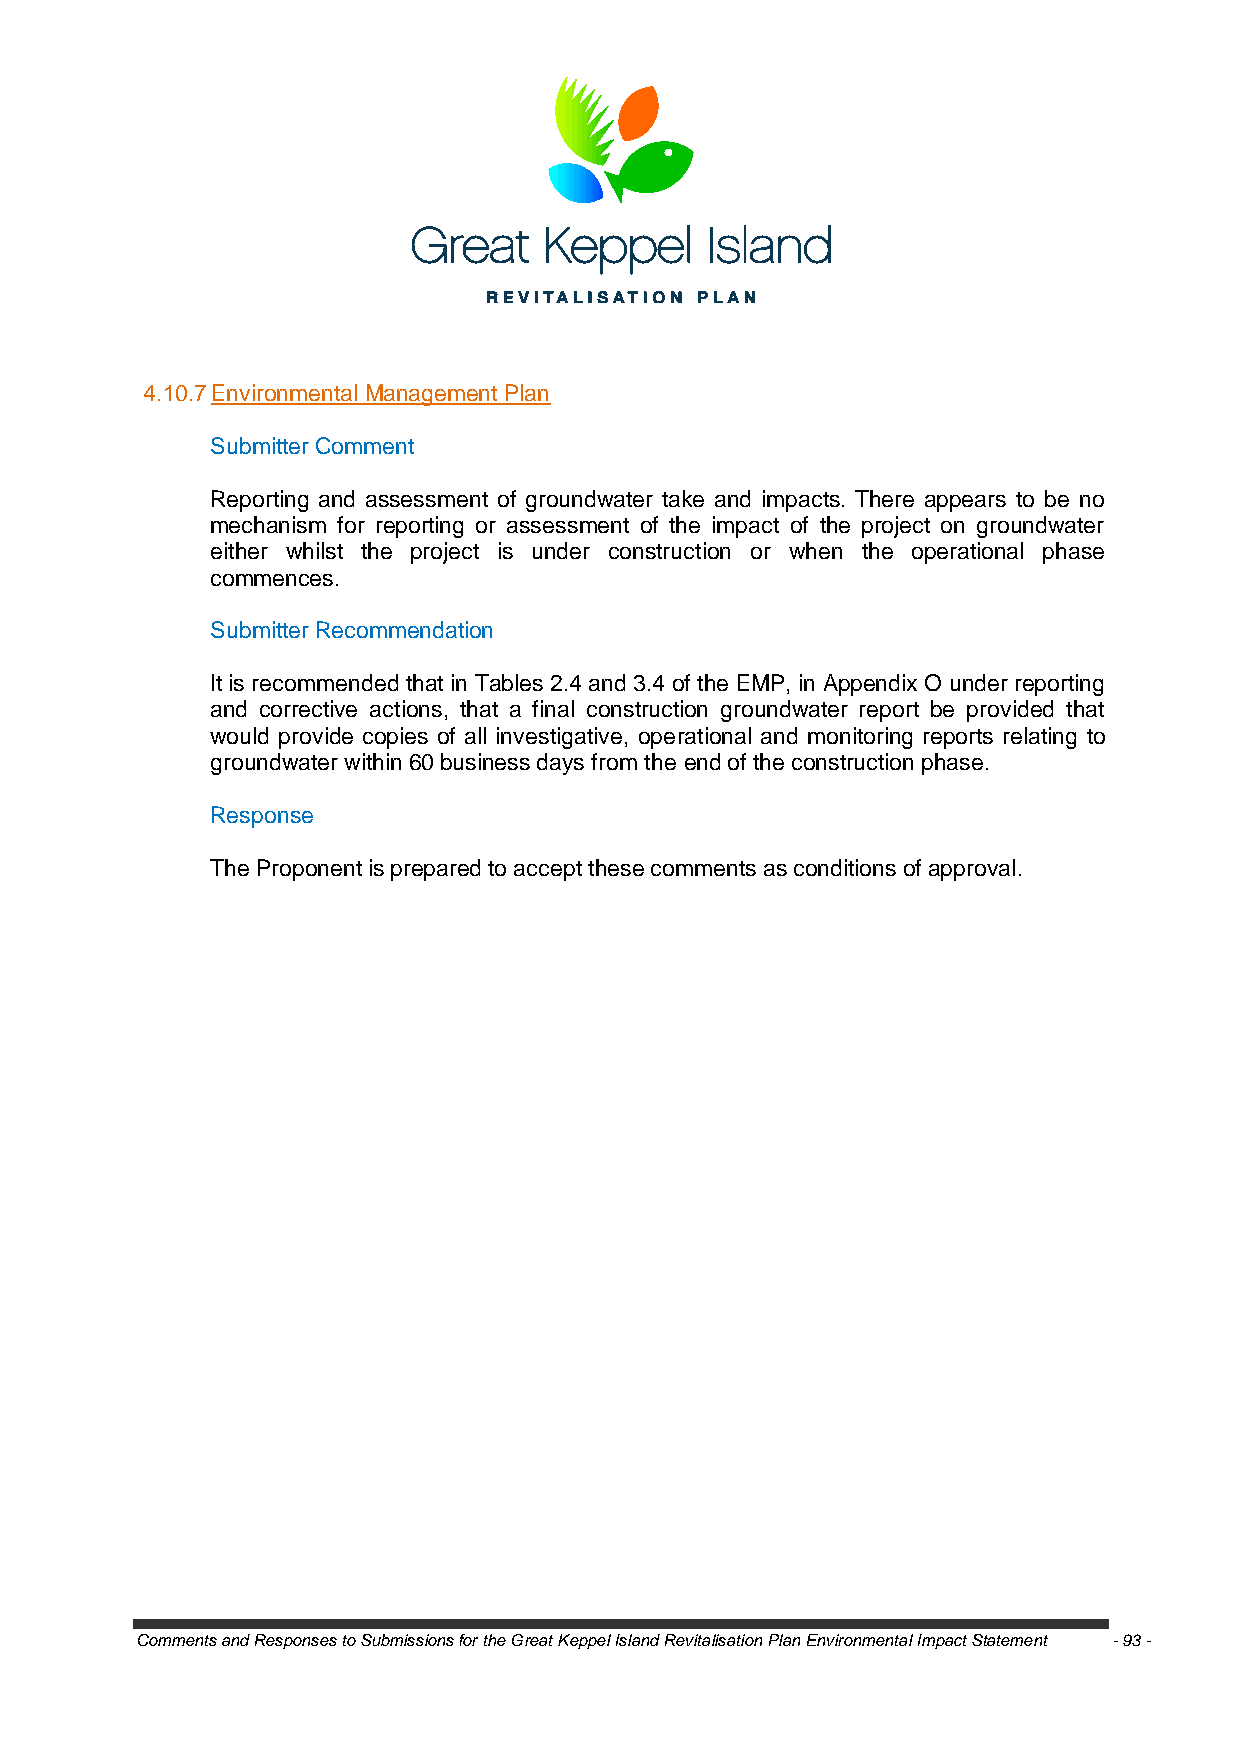
4.10.7 Environmental Management Plan
 Submitter Comment
 Reporting and assessment of groundwater take and impacts. There appears to be no
 mechanism for reporting or assessment of the impact of the project on groundwater
 either whilst the project is under construction or when the operational phase
 commences.
 Submitter Recommendation
 It is recommended that in Tables 2.4 and 3.4 of the EMP, in Appendix O under reporting
 and corrective actions, that a final construction groundwater report be provided that
 would provide copies of all investigative, operational and monitoring reports relating to
 groundwater within 60 business days from the end of the construction phase.
 Response
 The Proponent is prepared to accept these comments as conditions of approval.
 Comments and Responses to Submissions for the Great Keppel Island Revitalisation Plan Environmental Impact Statement - 93 -